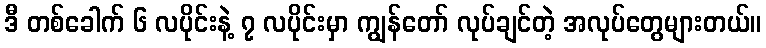
ဒီ တစ်ခေါက် ၆ လပိုင်းနဲ့ ၇ လပိုင်းမှာ ကျွန်တော် လုပ်ချင်တဲ့ အလုပ်တွေများတယ်။